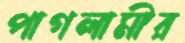
পাগলামীর